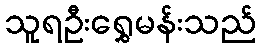
သူရဦးရွှေမန်းသည်